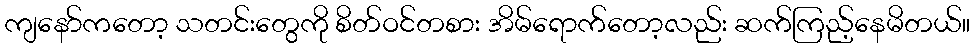
ကျနော်ကတော့ သတင်းတွေကို စိတ်ဝင်တစား အိမ်ရောက်တော့လည်း ဆက်ကြည့်နေမိတယ်။